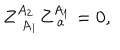
LaTeX: Z _ { \; A _ { 1 } } ^ { A _ { 2 } } Z _ { \; a } ^ { A _ { 1 } } = 0 ,